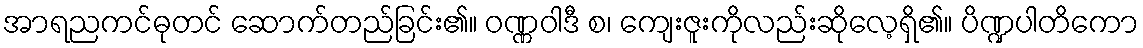
အာရညကင်ဓုတင် ဆောက်တည်ခြင်း၏။ ဝဏ္ဏဝါဒီ စ၊ ကျေးဇူးကိုလည်းဆိုလေ့ရှိ၏။ ပိဏ္ဍပါတိကော